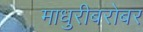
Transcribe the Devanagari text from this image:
माधुरीबरोबर